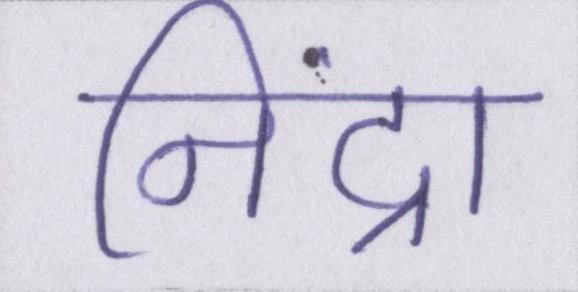
निंद्रा